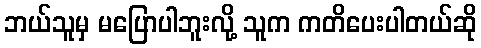
ဘယ်သူမှ မပြောပါဘူးလို့ သူက ကတိပေးပါတယ်ဆို